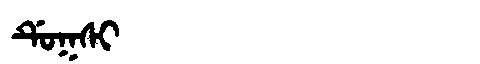
Manchu: ᡩᡠᡴᠰᡳ
Romanization: DUKSI